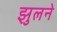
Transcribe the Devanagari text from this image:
झुलने